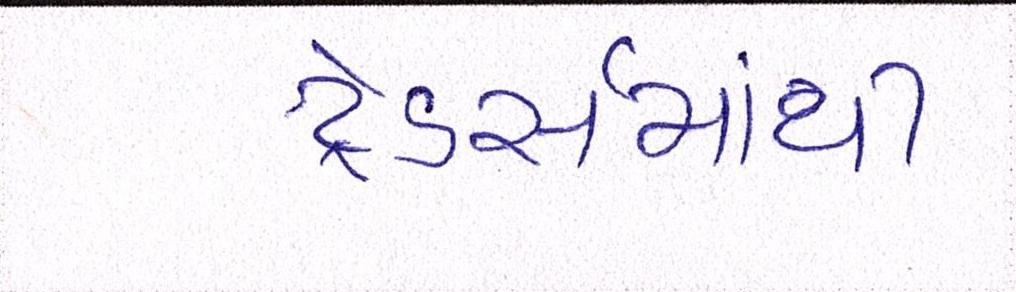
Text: ટ્રેડર્સમાંથી